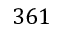
3 6 1